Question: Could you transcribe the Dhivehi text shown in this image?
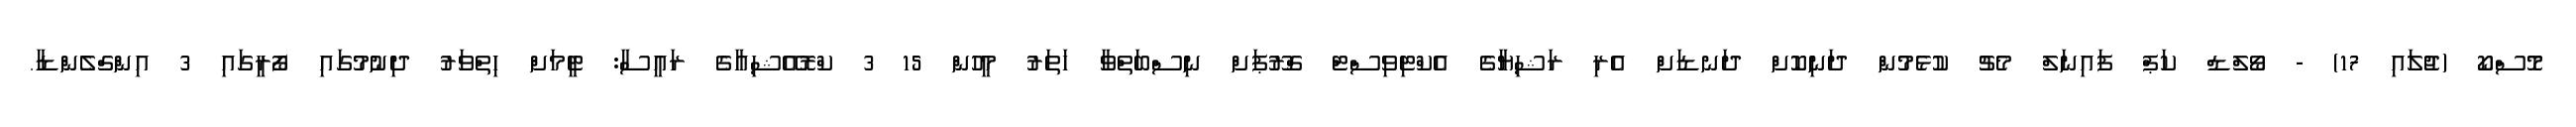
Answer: މޮސްކޯ (ޖުލައި 17) - ވޯލްޑް ކަޕް ފައިނަލް މެޗު ކުޅެމުން ދަނިކޮށް ދަނޑަށް އެރި ރަޝިޔާގެ އެކްޓިވިސްޓް ގްރޫޕަށް ނިސްބަތްވާ ހަތަރު މީހުން 15 3 ކްރޮއޭޝިއާގެ ރައީސާ: ޓީމަށް ހިތްވަރު ދިނުމުގައި ފޯރީގައި 3 އިންގްލެންޑާ.